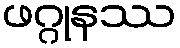
ဖဂ္ဂုနဿ